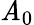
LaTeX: \mathit{A}_{0}